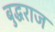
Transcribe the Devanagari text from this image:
बुद्धराज